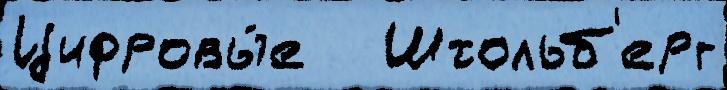
Цифровы́е   Штольб'ерг